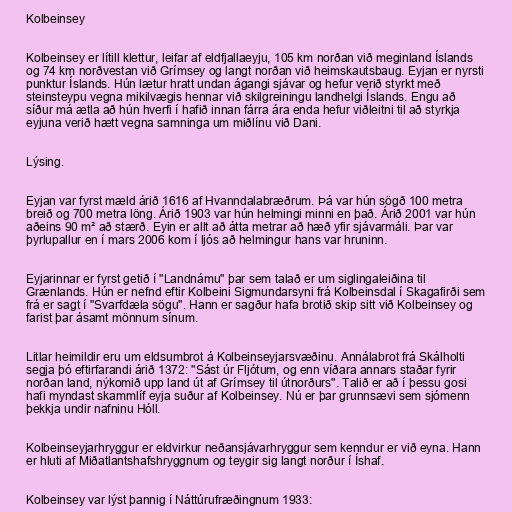
Kolbeinsey

Kolbeinsey er lítill klettur, leifar af eldfjallaeyju, 105 km norðan við meginland Íslands
og 74 km norðvestan við Grímsey og langt norðan við heimskautsbaug. Eyjan er nyrsti
punktur Íslands. Hún lætur hratt undan ágangi sjávar og hefur verið styrkt með
steinsteypu vegna mikilvægis hennar við skilgreiningu landhelgi Íslands. Engu að
síður má ætla að hún hverfi í hafið innan fárra ára enda hefur viðleitni til að styrkja
eyjuna verið hætt vegna samninga um miðlínu við Dani.

Lýsing.

Eyjan var fyrst mæld árið 1616 af Hvanndalabræðrum. Þá var hún sögð 100 metra
breið og 700 metra löng. Árið 1903 var hún helmingi minni en það. Árið 2001 var hún
aðeins 90 m² að stærð. Eyin er allt að átta metrar að hæð yfir sjávarmáli. Þar var
þyrlupallur en í mars 2006 kom í ljós að helmingur hans var hruninn.

Eyjarinnar er fyrst getið í "Landnámu" þar sem talað er um siglingaleiðina til
Grænlands. Hún er nefnd eftir Kolbeini Sigmundarsyni frá Kolbeinsdal í Skagafirði sem
frá er sagt í "Svarfdæla sögu". Hann er sagður hafa brotið skip sitt við Kolbeinsey og
farist þar ásamt mönnum sínum.

Litlar heimildir eru um eldsumbrot á Kolbeinseyjarsvæðinu. Annálabrot frá Skálholti
segja þó eftirfarandi árið 1372: "Sást úr Fljótum, og enn víðara annars staðar fyrir
norðan land, nýkomið upp land út af Grímsey til útnorðurs". Talið er að í þessu gosi
hafi myndast skammlíf eyja suður af Kolbeinsey. Nú er þar grunnsævi sem sjómenn
þekkja undir nafninu Hóll.

Kolbeinseyjarhryggur er eldvirkur neðansjávarhryggur sem kenndur er við eyna. Hann
er hluti af Miðatlantshafshryggnum og teygir sig langt norður í Íshaf.

Kolbeinsey var lýst þannig í Náttúrufræðingnum 1933: